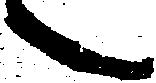
之